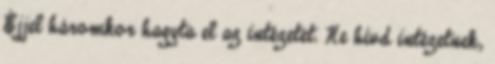
Éjjel háromkor hagyta el az intézetet. Ne hívd intézetnek,